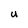
Character: U